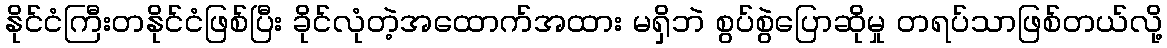
နိုင်ငံကြီးတနိုင်ငံဖြစ်ပြီး ခိုင်လုံတဲ့အထောက်အထား မရှိဘဲ စွပ်စွဲပြောဆိုမှု တရပ်သာဖြစ်တယ်လို့